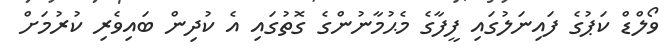
ވޯލްޑް ކަޕުގެ ފައިނަލުގައި ފީފާގެ މެޙުމާނުންގެ ގޮތުގައި އެ ކުދިން ބައިވެރި ކުރުމަށް